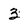
Character: 3